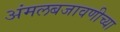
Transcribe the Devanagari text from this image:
अंमलबजावणीच्या